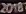
2018